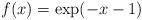
LaTeX: \begin{align*} f(x) = \exp(-x-1) \end{align*}